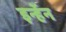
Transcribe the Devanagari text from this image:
इन्हेंन